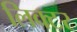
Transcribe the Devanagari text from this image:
लिक्टर